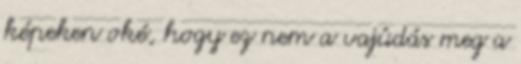
képeken oké, hogy ez nem a vajúdás meg a